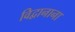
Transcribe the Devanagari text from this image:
विद्वानाना